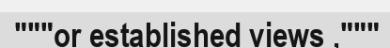
"""or established views ,"""